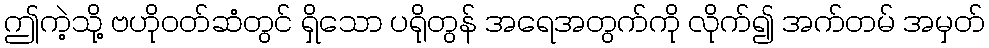
ဤကဲ့သို့ ဗဟိုဝတ်ဆံတွင် ရှိသော ပရိုတွန် အရေအတွက်ကို လိုက်၍ အက်တမ် အမှတ်